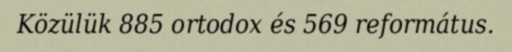
Közülük 885 ortodox és 569 református.